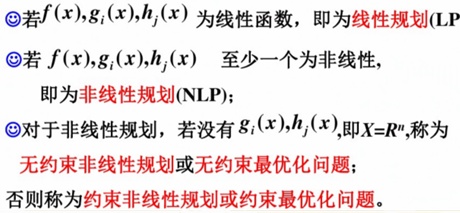
- 若$f(x),g_i(x),h_j(x)$为线性函数，即为**线性规划(LP)**
- 若$f(x),g_i(x),h_j(x)$ 至少一个为非线性，即为非线性规划(NLP)；
- 对于非线性规划，若没有$g_i(x),h_j(x)$,即$X = R^n$,称为无约束非线性规划或无约束最优化问题；
否则称为约束非线性规划或约束最优化问题。